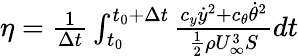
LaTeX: \begin{array}{r}{\eta=\frac{1}{\Delta t}\int_{t_{0}}^{t_{0}+\Delta t}\frac{c_{y}\dot{y}^{2}+c_{\theta}\dot{\theta}^{2}}{\frac{1}{2}\rho U_{\infty}^{3}S}dt}\end{array}